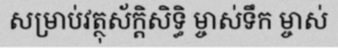
សម្រាប់វត្ថុស័ក្តិសិទ្ធិ ម្ចាស់ទឹក ម្ចាស់